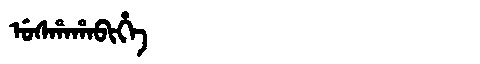
Manchu: ᡠᠰᡥᠠᡥᠠᠪᡳᡥᡝ
Romanization: USHAHABIHE